Lunatic asylums Bombay report 1891-1903 - 1891-1903
Year: 1891
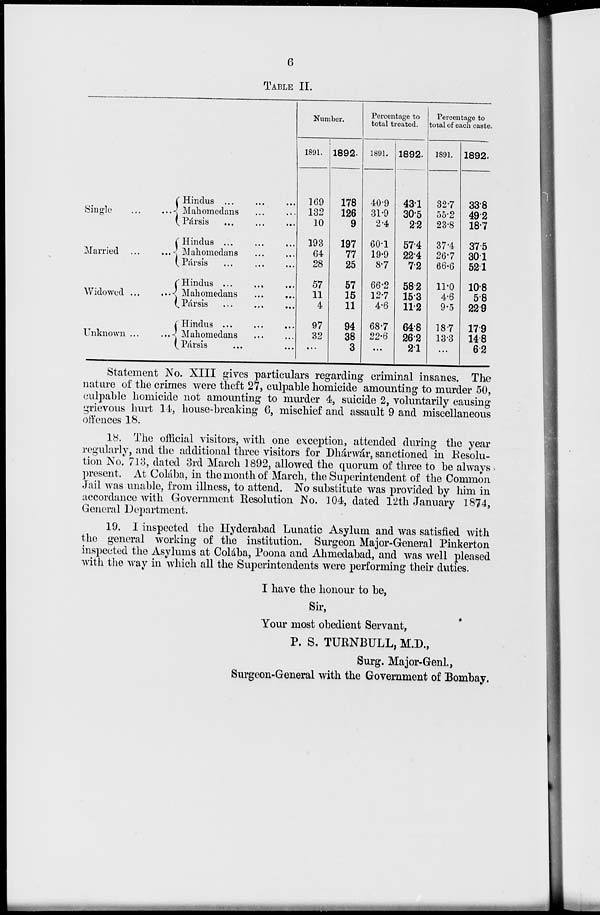
6
TABLE II.
Single
...
...
Married ... ...
Widowed ... ...
Unknown ... ...
Hindus ... ... ...
Mahomedans ... ...
Pársis
...
...
...
Hindus ... ... ...
Mahomedans ... ...
Pársis ... ... ...
Hindus ... ... ...
Mahomedans ... ...
Pársis ... ... ...
Hindus
...
...
...
Mahomedans ... ...
Pársis ... ...
Number.
1891.
169
132
10
193
64
28
57
11
4
97
32
...
1892.
178
126
9
197
77
25
57
15
11
94
38
3
Percentage to
total treated.
1891.
40.9
31.9
2.4
60.1
19.9
8.7
66.2
12.7
4.6
68.7
22.6
...
1892.
43.1
30.5
2.2
57.4
22.4
7.2
58.2
15.3
11.2
64.8
26.2
2.1
Percentage to
total of each caste.
1891.
32.7
55.2
23.8
37.4
26.7
66.6
11.0
4.6
9.5
18.7
13.3
...
1892.
33.8
49.2
18.7
37.5
30.1
52.1
10.8
5.8
22.9
17.9
14.8
6.2
Statement No. XIII gives particulars regarding criminal insanes. The
nature of the crimes were theft 27, culpable homicide amounting to murder 50,
culpable homicide not amounting to murder 4, suicide 2, voluntarily causing
grievous hurt 14, house-breaking 6, mischief and assault 9 and miscellaneous
offences 18.
18. The official visitors, with one exception, attended during the year
regularly, and the additional three visitors for Dhárwár, sanctioned in Resolu-
tion No. 713, dated 3rd March 1892, allowed the quorum of three to be always
present. At Colába, in the month of March, the Superintendent of the Common
Jail was unable, from illness, to attend. No substitute was provided by him in
accordance with Government Resolution No. 104, dated 12th January 1874,
General Department.
19. I inspected the Hyderabad Lunatic Asylum and was satisfied with
the general working of the institution. Surgeon Major-General Pinkerton
inspected the Asylums at Colába, Poona and Ahmedabad, and was well pleased
with the way in which all the Superintendents were performing their duties.
I have the honour to be,
Sir,
Your most obedient Servant,
P. S. TURNBULL, M.D.,
Surg. Major-Genl.,
Surgeon-General with the Government of Bombay.